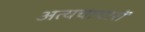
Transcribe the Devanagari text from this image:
अत्यचाचारों